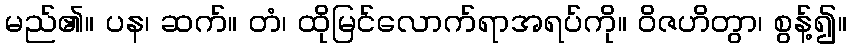
မည်၏။ ပန၊ ဆက်။ တံ၊ ထိုမြင်လောက်ရာအရပ်ကို။ ဝိဇဟိတွာ၊ စွန့်၍။